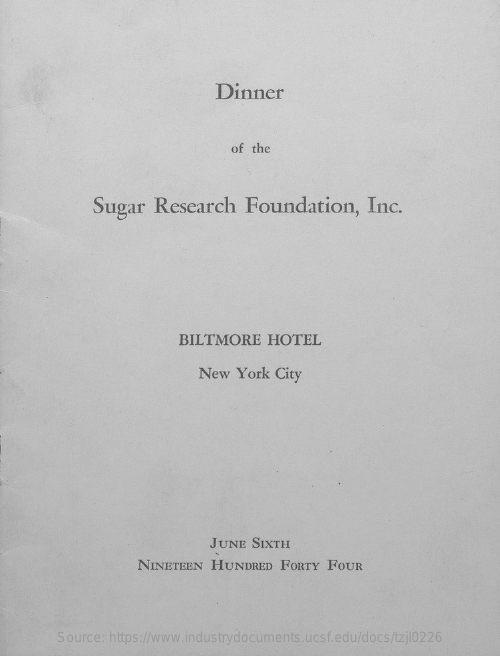
Dinner
     of the
     Sugar   Research    Foundation,    Inc.
     BILTMORE    HOTEL
     New  York  City
     JUNE   SIXTH
     NINETEEN   HUNDRED    FORTY  FOUR
     Source: https://www.industrydocuments.ucsf.edu/docs/tzjl0226